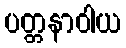
ပတ္တနာဝါယ